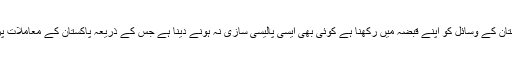
اس کامفاد صرف اور صرف پاکستان کے وسائل کو اپنے قبضہ میں رکھنا ہے کوئی بھی ایسی پالیسی سازی نہ ہونے دینا ہے جس کے ذریعہ پاکستان کے معاملات پر اس کی گرفت کمزور ہو سکے۔